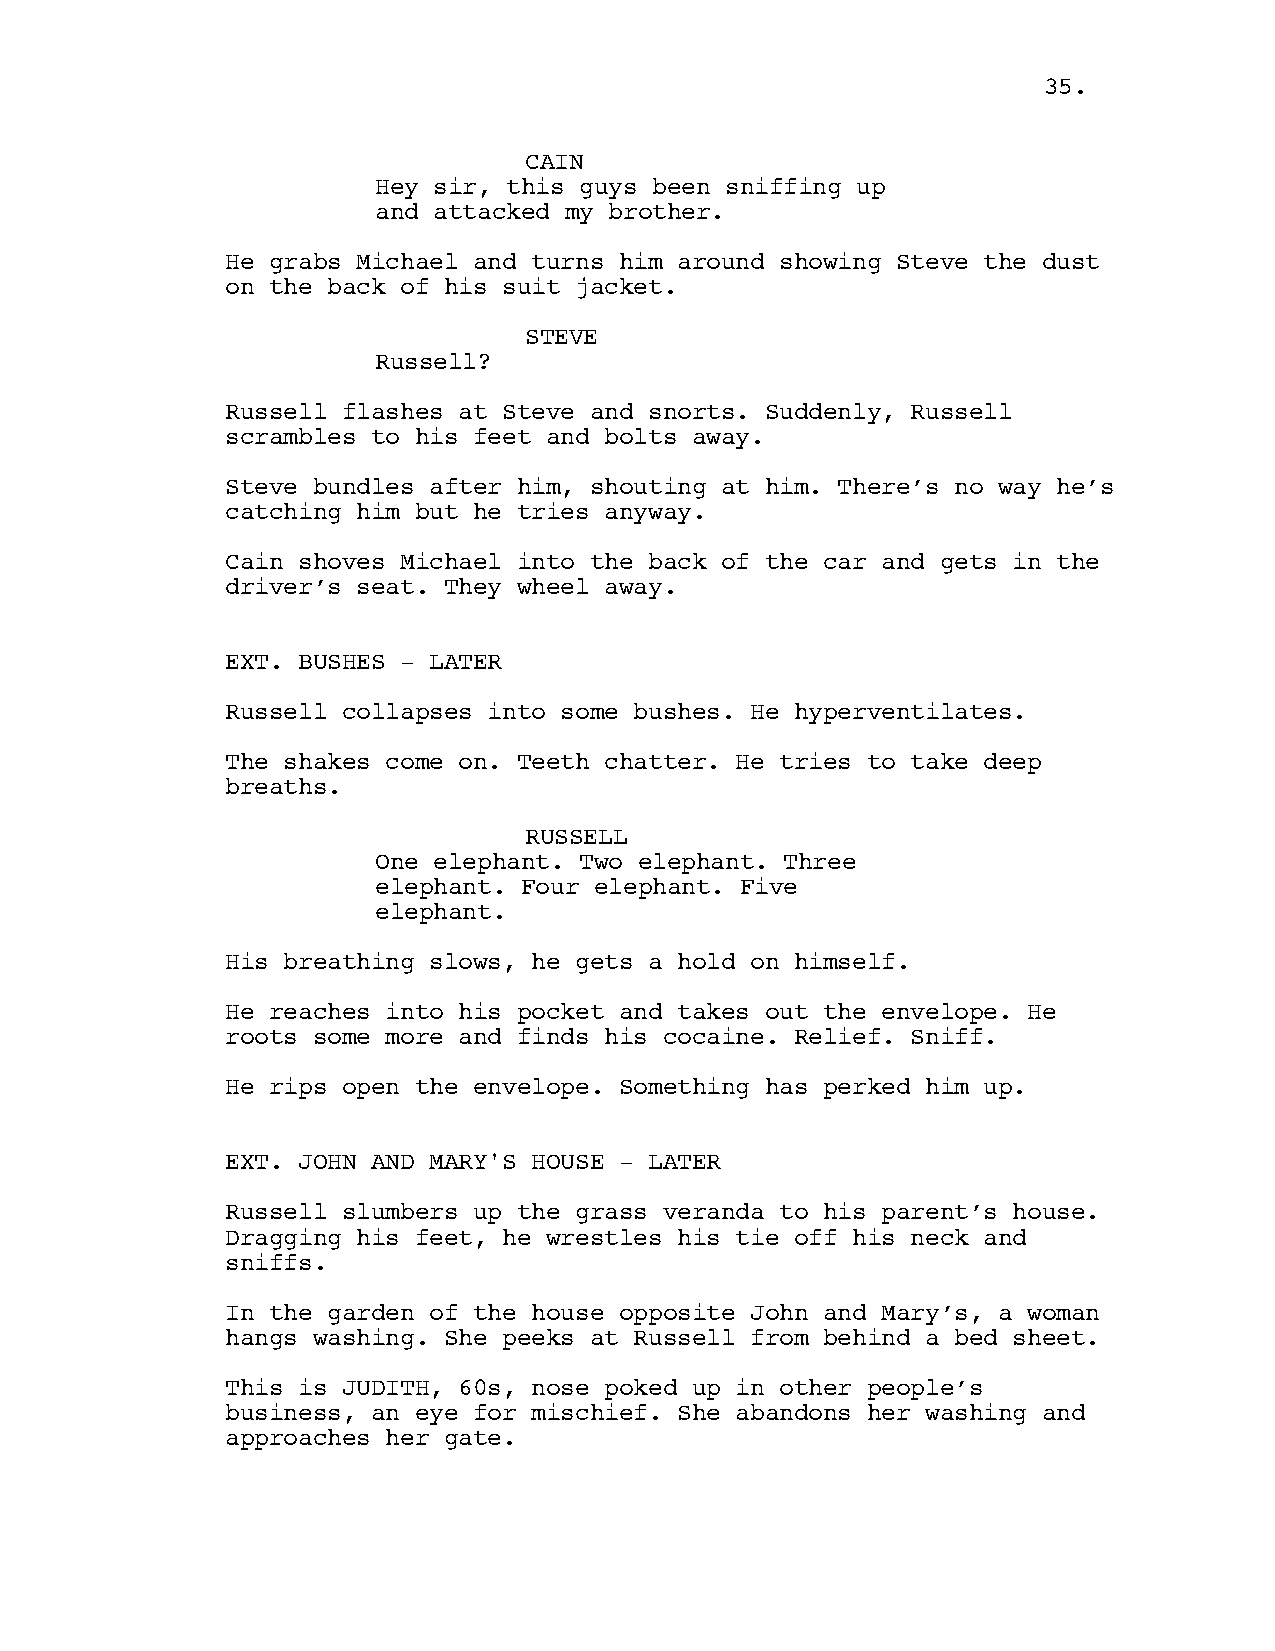
35.
 CAIN
 Hey sir, this guys been sniffing up
 and attacked my brother.
 He grabs Michael and turns him around showing Steve the dust
 on the back of his suit jacket.
 STEVE
 Russell?
 Russell flashes at Steve and snorts. Suddenly, Russell
 scrambles to his feet and bolts away.
 Steve bundles after him, shouting at him. There’s no way he’s
 catching him but he tries anyway.
 Cain shoves Michael into the back of the car and gets in the
 driver’s seat. They wheel away.
 EXT. BUSHES - LATER
 Russell collapses into some bushes. He hyperventilates.
 The shakes come on. Teeth chatter. He tries to take deep
 breaths.
 RUSSELL
 One elephant. Two elephant. Three
 elephant. Four elephant. Five
 elephant.
 His breathing slows, he gets a hold on himself.
 He reaches into his pocket and takes out the envelope. He
 roots some more and finds his cocaine. Relief. Sniff.
 He rips open the envelope. Something has perked him up.
 EXT. JOHN AND MARY'S HOUSE - LATER
 Russell slumbers up the grass veranda to his parent’s house.
 Dragging his feet, he wrestles his tie off his neck and
 sniffs.
 In the garden of the house opposite John and Mary’s, a woman
 hangs washing. She peeks at Russell from behind a bed sheet.
 This is JUDITH, 60s, nose poked up in other people’s
 business, an eye for mischief. She abandons her washing and
 approaches her gate.